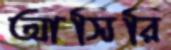
আসিরি